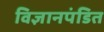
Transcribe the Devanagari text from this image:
विज्ञानपंडित